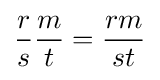
{\frac {r}{s}}{\frac {m}{t}}={\frac {rm}{st}}